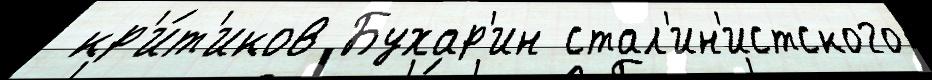
 кр'и́т'иков Бухар'ин стал'ин'истского